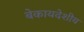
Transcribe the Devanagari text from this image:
बेकायदेशीय